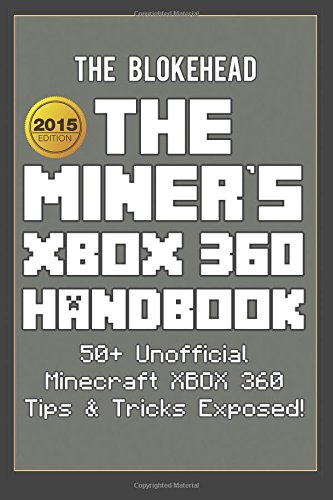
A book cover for The Miner?s XBOX 360 Handbook: 50+ Unofficial Minecraft XBOX 360 Tips & Tricks Exposed! (The Blokehead Success Series); The Blokehead; Humor & Entertainment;